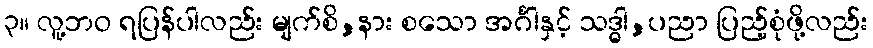
၃။ လူ့ဘဝ ရပြန်ပါလည်း မျက်စိ,နား စသော အင်္ဂါနှင့် သဒ္ဓါ,ပညာ ပြည့်စုံဖို့လည်း